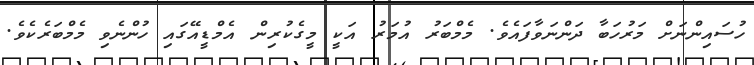
ހުސައިންނަށް މަރުހަބާ ދަންނަވާފައެވެ. މެމްބަރު އުމަރު އަކީ މީގެކުރިން އެމްޑީއޭގައި ހުންނެވި މެމްބަރެެކެވެ.